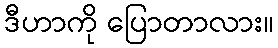
ဒီဟာကို ပြောတာလား။